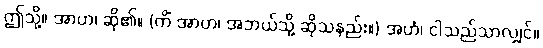
ဤသို့။ အာဟ၊ ဆို၏။ (ကိံ အာဟ၊ အဘယ်သို့ ဆိုသနည်း။) အဟံ၊ ငါသည်သာလျှင်။